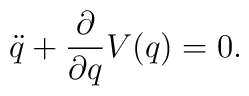
\ddot{q}+\frac{\partial}{\partial q}V(q)=0.